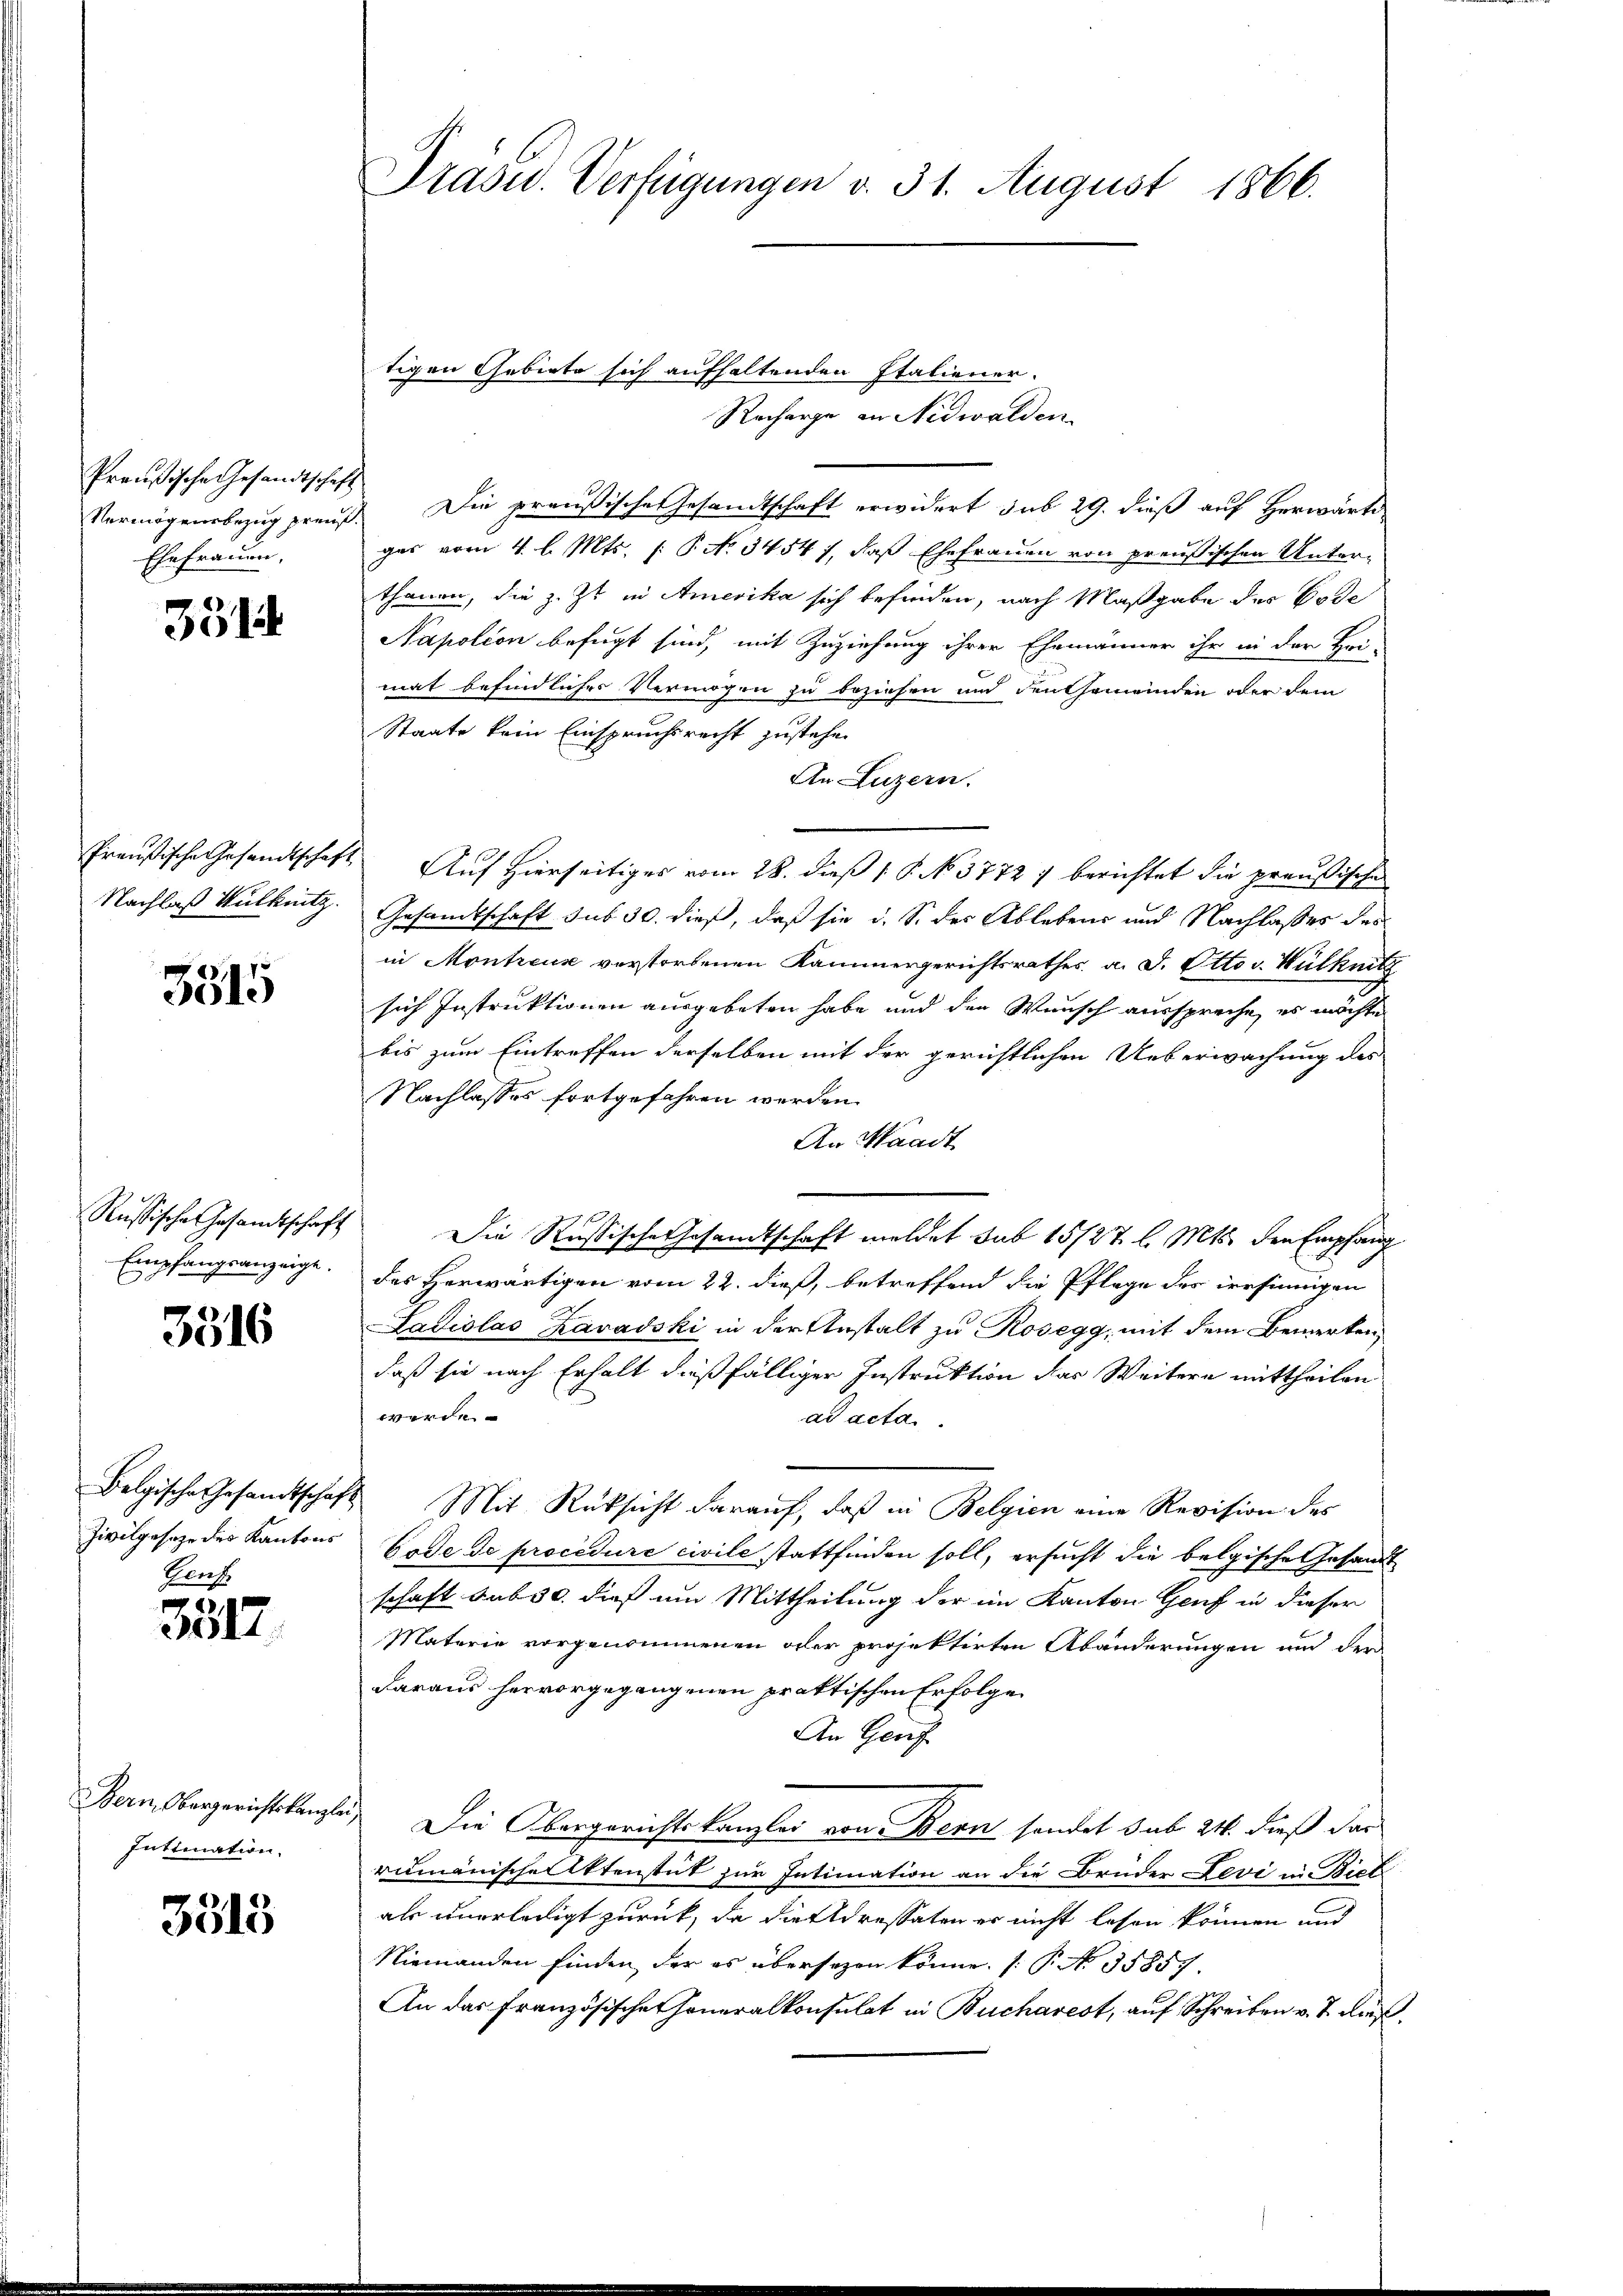
Preußische Gesandtschaft
Vermögensbezug preuß
Ehefrauen,

351

Nachlaß Wulknitz.

3515

Russische Gesamtschaft
Empfangsanzeigt.

3516

Zivilgeseze des Kantons
Heuf

e
3017.

Inttiation.

3513

Drasu. Verfügungen v. 31. August 1866.

tigen Gebiete sich aufhaltenden Italiener.
Recharge in Nidwalden
 Die preußische Gesandtschaft erwidert sub 29. dieß auf Herwärte
gas vom 4. l. Mts. (: P. No 3454 f., daß Ehefrauen von preußischen Unterthanen, die z. Zt. in Amerika sich befinden, nach Maßgabe des Bode
Napotion befugt sind, mit Zuziehung ihrer Ehemänner ihr in der Hei-
mat befindliches Vermögen zu beziehen und den Gemeinden oder dem
Staate kein Einspruchsrecht zustehen
An Luzern.
Preußische Gesandtschaft Auf Hierseitiges vom 28. dieß ( P. No. 37727 berichtet die preußische
Gesamtschaft dus 30. dieß, daß sie d. S. der Ablebens und Nachlasses des
in Montreuse verstorbenen Kammergerichtsrathes a. J. Otto v. Hülknitz
sich Instruktionen ausgebeten habe und den Wunsch ausspreche, es möchte
bis zum Eintreffen derselben mit der gerichtlichen Ueberwachung des
Nachlasses fortgefahren werden.
An Waadt
Die Russische Gesandtschaft meldet sub 15/27 l. Mts. den Empfang
des herwärtigen vom 22. dieß, betreffend die Pflege des irrfnungen
Ladislas Zavadski in der Anstalt zu Rosegg, mit dem Bemerken,
daß sie nach Erhalt dießfälliger Instruktion das Weitere mittheilen
werde
ad acta
Belgische Gesandtschaft Mit Rücksicht daraŭf, daβ in Belgien eine Revision des
Erde de procedure civile stattfinden soll, ersucht die belgische Gesandt
schaft sub 30. dieß um Mittheilung der im Kanton Genf in dieser
Materie vorgenommenen oder projektirten Abänderungen und der
daraus hervorgegangenen praktischen Erfolge
An Genf
Bern Obergerichtskanzle) Die Obergerichtskanzler von Bern sendet sub 24. dieß dar
rumänische Aktenstät zur Intimation an die Brüder Levi in Biet
als unerledigt zurück, da die Adressaten er nicht lesen können und
Niemanden finden, der es übersezen könne. (T. No. 35857.
An das französischen Honeralkonsulat in Bucharest, auf Schreiben v. J. dieß¬